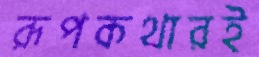
রূপকথারই